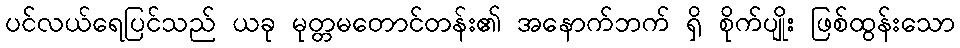
ပင်လယ်ရေပြင်သည် ယခု မုတ္တမတောင်တန်း၏ အနောက်ဘက် ရှိ စိုက်ပျိုး ဖြစ်ထွန်းသော